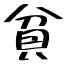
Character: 貧